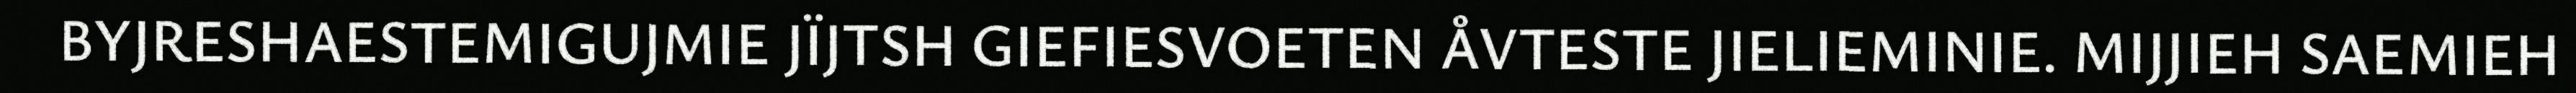
BYJRESHAESTEMIGUJMIE JÏJTSH GIEFIESVOETEN ÅVTESTE JIELIEMINIE. MIJJIEH SAEMIEH